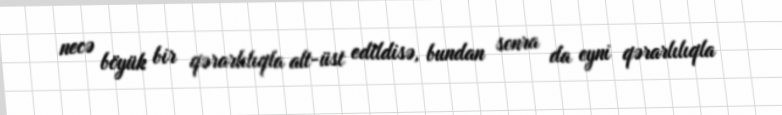
necə böyük bir qərarlılıqla alt-üst edildisə, bundan sonra da eyni qərarlılıqla